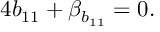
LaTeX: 4 b _ { 1 1 } + \beta _ { b _ { 1 1 } } = 0 .